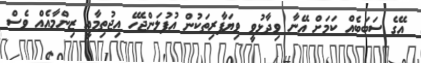
އޭގެ ސަބަބެއް ކަމަށް އޭނާ ވިދާޅުވީ ވިޔަފާރިތަކުން އުފުލަންޖެހޭ އިޖުތިމާއީ ޒިންމާއެއް ވެސް